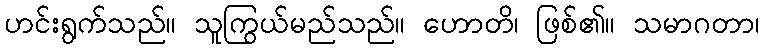
ဟင်းရွက်သည်။ သူကြွယ်မည်သည်။ ဟောတိ၊ ဖြစ်၏။ သမာဂတာ၊